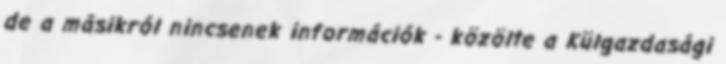
de a másikról nincsenek információk - közölte a Külgazdasági